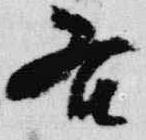
各